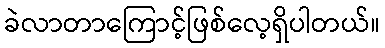
ခဲလာတာကြောင့်ဖြစ်လေ့ရှိပါတယ်။